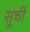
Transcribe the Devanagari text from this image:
सूंची